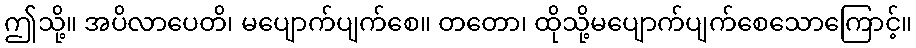
ဤသို့။ အပိလာပေတိ၊ မပျောက်ပျက်စေ။ တတော၊ ထိုသို့မပျောက်ပျက်စေသောကြောင့်။